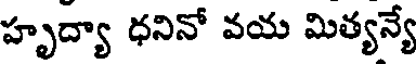
హృద్యా ధనినో వయ మిత్యన్యే